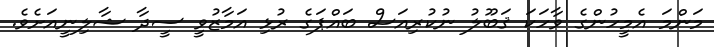
މަންމަ އެމީހުންގެ ވާހަކަ ޤަބޫލު ނުކުރިއަސް ބައްޕަގެ ރުޅި އަމާޒުވީ ސީދާ ޝާލިނީއަށެވެ.